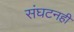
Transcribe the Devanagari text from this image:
संघटनही